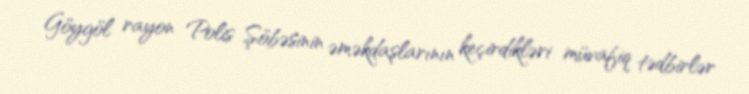
Göygöl rayon Polis Şöbəsinin əməkdaşlarının keçirdikləri müvafiq tədbirlər